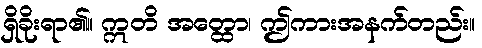
ရှိခိုးရာ၏။ ဣတိ အတ္ထော၊ ဤကားအနက်တည်း။